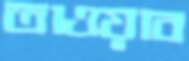
তাওয়াব